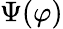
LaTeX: \Psi(\varphi)